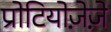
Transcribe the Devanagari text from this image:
प्रोटियोज़ेज़े